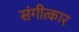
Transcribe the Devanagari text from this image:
संगीत्कार